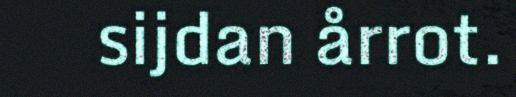
sijdan årrot.